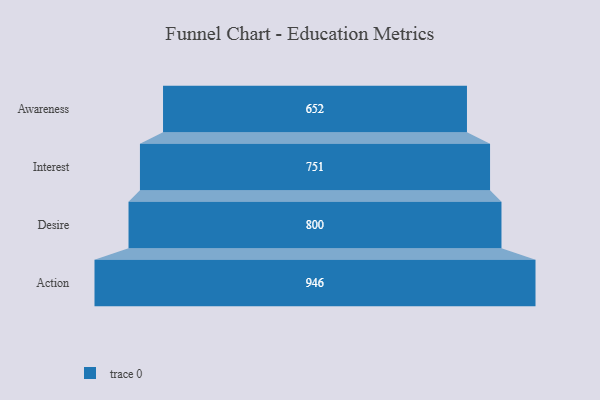
{"axis": {"x": "Stage", "y": "Value"}, "legend": [""], "data": [{"x": "Awareness", "y": 652.0, "type": ""}, {"x": "Interest", "y": 751.0, "type": ""}, {"x": "Desire", "y": 800.0, "type": ""}, {"x": "Action", "y": 946.0, "type": ""}]}